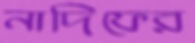
নাদিফের